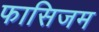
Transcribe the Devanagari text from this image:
फासिजम